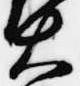
大